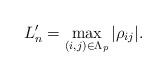
LaTeX: \begin{align*}L_n' = \max_{(i,j) \in\Lambda_p} |\rho_{ij}|.\end{align*}